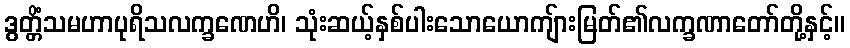
ဒွတ္တိံသမဟာပုရိသလက္ခဏေဟိ၊ သုံးဆယ့်နှစ်ပါးသောယောကျ်ားမြတ်၏လက္ခဏာတော်တို့နှင့်။